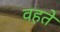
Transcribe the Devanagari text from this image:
वहते